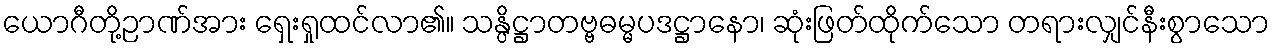
ယောဂီတို့ဉာဏ်အား ရှေးရှုထင်လာ၏။ သန္ပိဋ္ဌာတဗ္ဗဓမ္မပဒဋ္ဌာနော၊ ဆုံးဖြတ်ထိုက်သော တရားလျှင်နီးစွာသော